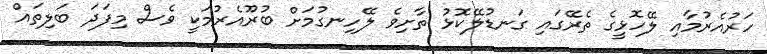
ހަރުއެރުމާއި ލޭހޮޅީގެ ތެރޭގައި ގަނޑުލޭކޮޅު ތާށިވެ ލޭހިނގުމަށް ބުރޫއެރުމަކީ ވެސް މިފަދަ ބަލިތައް